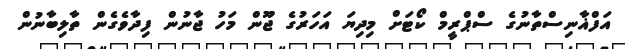
އަފްޣާނިސްތާނުގެ ސްޕްރީމް ކޯޓަށް މިދިޔަ އަހަރުގެ ޖޫން މަހު ޖާނުން ފިދާވެގެން ތާލިބާނުން